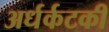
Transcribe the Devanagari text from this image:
अर्धर्कटकी